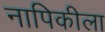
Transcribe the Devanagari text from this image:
नापिकीला